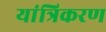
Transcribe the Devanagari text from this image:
यांत्रिकरण